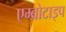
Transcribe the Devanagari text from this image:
एम्ब्रोटाइप